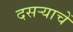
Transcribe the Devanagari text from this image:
दसर्‍याचें